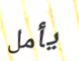
يأمل